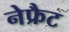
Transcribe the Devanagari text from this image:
नेफ्रैट